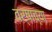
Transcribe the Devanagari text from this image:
वर्षाच्‍या